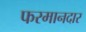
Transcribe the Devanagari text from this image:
फरमानदार